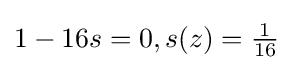
1-16s=0,s(z)={\tfrac {1}{16}}